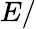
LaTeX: E/